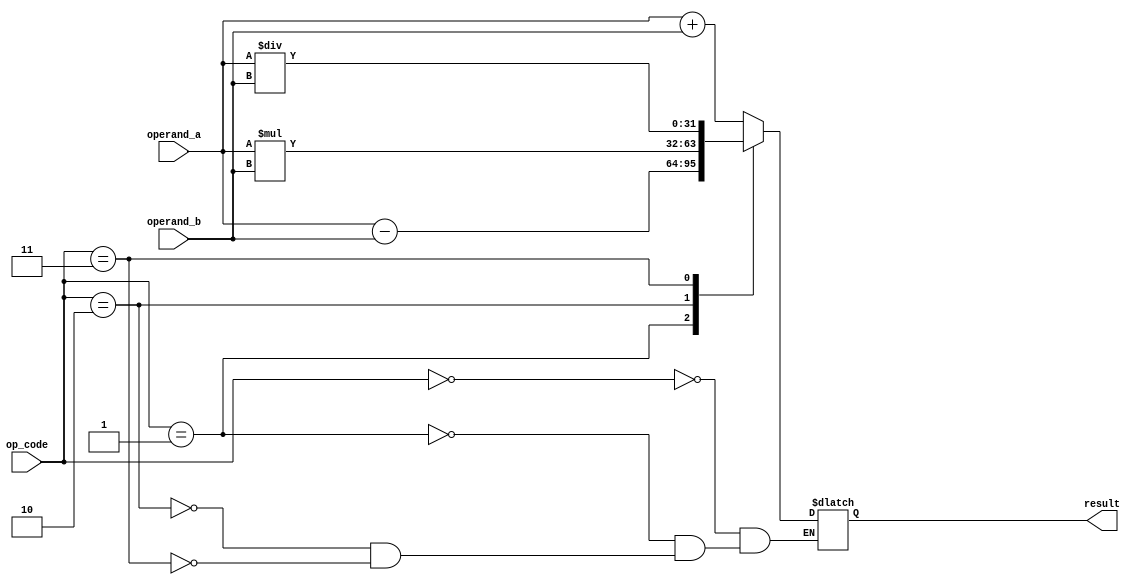
module ArbitraryPrecisionFloatingPointUnit (
    input wire [31:0] operand_a,
    input wire [31:0] operand_b,
    input wire [3:0] op_code, // 0: addition, 1: subtraction, 2: multiplication, 3: division
    output reg [31:0] result
);

always @(*) begin
    case(op_code)
        0: result = operand_a + operand_b;
        1: result = operand_a - operand_b;
        2: result = operand_a * operand_b;
        3: result = operand_a / operand_b;
    endcase
end

endmodule